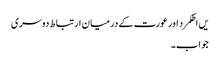
یں اطکمرد اور عورت کے درمیان ارتباط دوسری
جواب۔